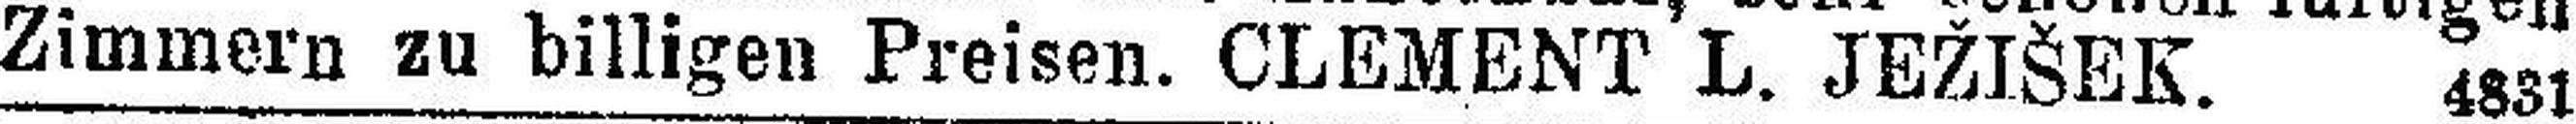
Zimmern zu billigen Preisen. CLEMENT L. JEŽIŠEK. 4881